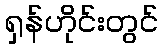
ရှန်ဟိုင်းတွင်